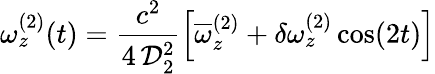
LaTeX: \omega_{z}^{(2)}(t)=\frac{c^{2}}{4\, \mathcal{D}_{2}^{2}}\left[\overline{{\omega}}_{z}^{(2)}+\delta\omega_{z}^{(2)}\cos(2t)\right]